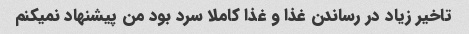
تاخیر زیاد در رساندن غذا و غذا کاملا سرد بود من پیشنهاد نمیکنم